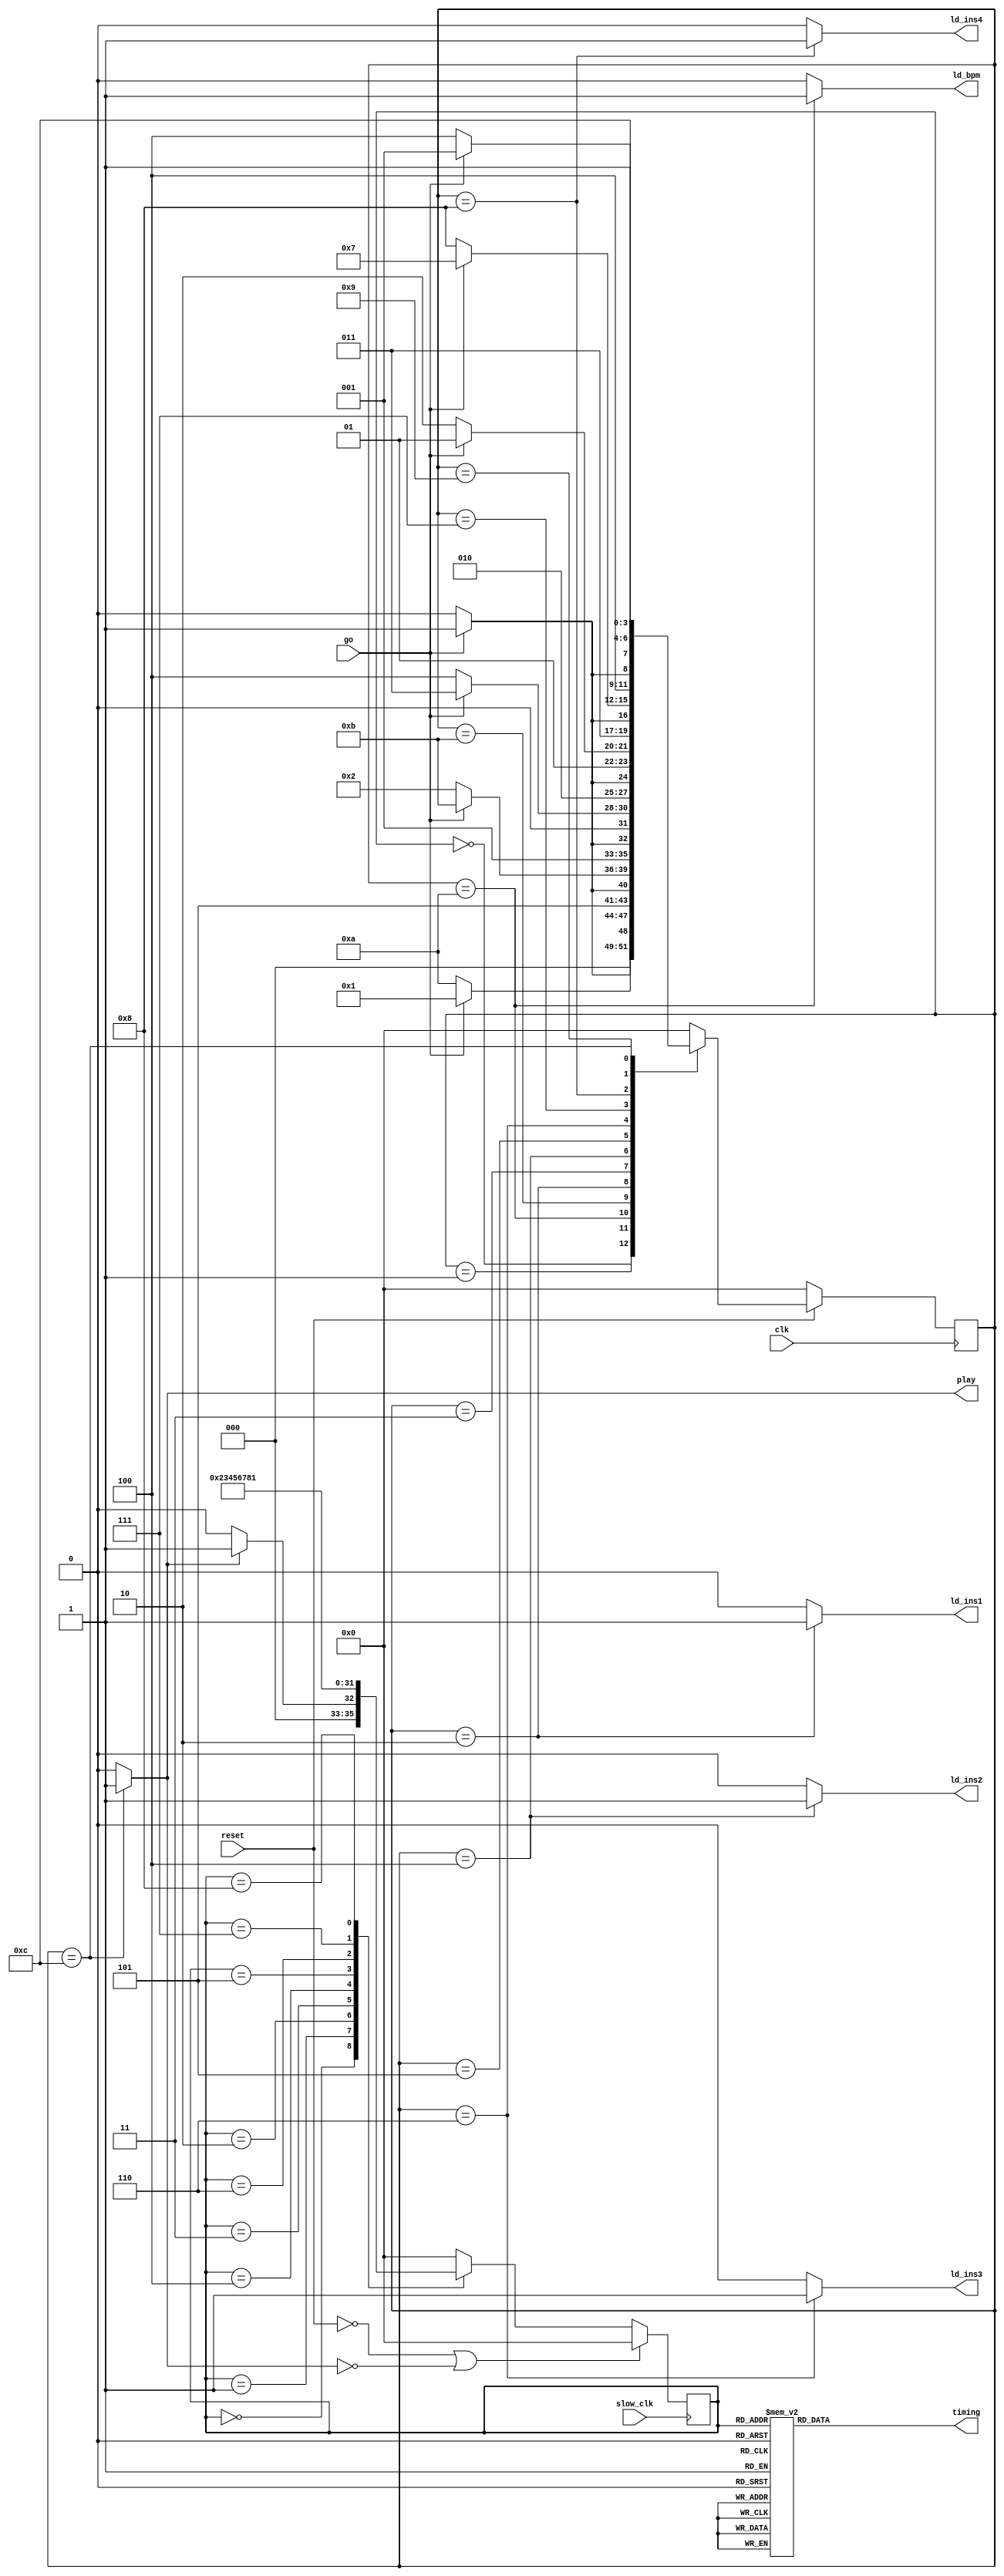
module control(
	output reg ld_ins1, // load instrument 1-4
	output reg ld_ins2,
	output reg ld_ins3,
	output reg ld_ins4,
	output reg ld_bpm,
	output reg play, // enable signal
	output reg [3:0] timing, // timing is the beat we are on
	input clk,
	input slow_clk,
	input reset,
	input go
	);
	
	reg [3:0] current_state, next_state, curr_loop_state, next_loop_state;
	
	// states for state machines
	localparam S_LOAD_NEUTRAL = 4'd0,
		S_LOAD_NEUTRAL_WAIT = 4'd1,
		S_LOAD_INS1 = 4'd2,
		S_LOAD_INS1_WAIT = 4'd3,
		S_LOAD_INS2 = 4'd4,
		S_LOAD_INS2_WAIT = 4'd5,
		S_LOAD_INS3 = 4'd6,
		S_LOAD_INS3_WAIT = 4'd7,
		S_LOAD_INS4 = 4'd8,
		S_LOAD_INS4_WAIT = 4'd9,
		S_LOAD_BPM = 4'd10,
		S_LOAD_BPM_WAIT = 4'd11,
		S_PLAY = 4'd12,
		//
		S_LOOP_WAIT = 4'd0,
		S_QUARTER_NOTE1 = 4'd1,
		S_EIGHTH_NOTE1 = 4'd2,
		S_QUARTER_NOTE2 = 4'd3,
		S_EIGHTH_NOTE2 = 4'd4,
		S_QUARTER_NOTE3 = 4'd5,
		S_EIGHTH_NOTE3 = 4'd6,
		S_QUARTER_NOTE4 = 4'd7,
		S_EIGHTH_NOTE4 = 4'd8;
		
	// state machine for initial load states
	always @(*)
	begin: state_table
		case (current_state)
			// neutral state - nothing happens here - needed for vga display
			S_LOAD_NEUTRAL: next_state = go ? S_LOAD_NEUTRAL_WAIT : S_LOAD_NEUTRAL;
			S_LOAD_NEUTRAL_WAIT: next_state = go ? S_LOAD_NEUTRAL_WAIT : S_LOAD_BPM;
			// load bpm - note: will have to check to see if we are loading 0
			S_LOAD_BPM: next_state = go ? S_LOAD_BPM_WAIT : S_LOAD_BPM;
			S_LOAD_BPM_WAIT: next_state = go ? S_LOAD_BPM_WAIT : S_LOAD_INS1;
			// load instrument 1
			S_LOAD_INS1: next_state = go ? S_LOAD_INS1_WAIT : S_LOAD_INS1;
			S_LOAD_INS1_WAIT: next_state = go ? S_LOAD_INS1_WAIT : S_LOAD_INS2;
			// load instrument 2
			S_LOAD_INS2: next_state = go ? S_LOAD_INS2_WAIT : S_LOAD_INS2;
			S_LOAD_INS2_WAIT: next_state = go ? S_LOAD_INS2_WAIT : S_LOAD_INS3;
			// load instrument 3
			S_LOAD_INS3: next_state = go ? S_LOAD_INS3_WAIT : S_LOAD_INS3;
			S_LOAD_INS3_WAIT: next_state = go ? S_LOAD_INS3_WAIT : S_LOAD_INS4;
			// load instrument 4
			S_LOAD_INS4: next_state = go ? S_LOAD_INS4_WAIT : S_LOAD_INS4;
			S_LOAD_INS4_WAIT: next_state = go ? S_LOAD_INS4_WAIT : S_PLAY;
			// loop through the 8 beats indefinitely in this state
			S_PLAY: next_state = S_PLAY;
			default: next_state = S_LOAD_NEUTRAL;
		endcase
	end
	
	// signal for load states
	always @(*)
	begin: load_state_signals
		ld_ins1 <= 1'b0;
		ld_ins2 <= 1'b0;
		ld_ins3 <= 1'b0;
		ld_ins4 <= 1'b0;
		ld_bpm <= 1'b0;
		play <= 1'b0;
		case (current_state)
			S_LOAD_NEUTRAL: play <= 1'b0;
			S_LOAD_INS1: ld_ins1 <= 1'b1;
			S_LOAD_INS2: ld_ins2 <= 1'b1;
			S_LOAD_INS3: ld_ins3 <= 1'b1;
			S_LOAD_INS4: ld_ins4 <= 1'b1;
			S_LOAD_BPM: ld_bpm <= 1'b1;
			S_PLAY: play <= 1'b1;
			default: play <= 1'b0;
		endcase
	end
	
	// state machine for audio timing - loops through the beats indefinitely until there is no more play signal
	always @(*)
	begin: loop_state
		case (curr_loop_state)
			S_LOOP_WAIT: next_loop_state = play ? S_QUARTER_NOTE1 : S_LOOP_WAIT;
			S_QUARTER_NOTE1: next_loop_state = S_EIGHTH_NOTE1;
			S_EIGHTH_NOTE1: next_loop_state = S_QUARTER_NOTE2;
			S_QUARTER_NOTE2: next_loop_state = S_EIGHTH_NOTE2;
			S_EIGHTH_NOTE2: next_loop_state = S_QUARTER_NOTE3;
			S_QUARTER_NOTE3: next_loop_state = S_EIGHTH_NOTE3;
			S_EIGHTH_NOTE3: next_loop_state = S_QUARTER_NOTE4;
			S_QUARTER_NOTE4: next_loop_state = S_EIGHTH_NOTE4;
			S_EIGHTH_NOTE4: next_loop_state = S_QUARTER_NOTE1;
			default: next_loop_state = S_LOOP_WAIT;
		endcase
	end
	
	// signals for audio timing
	always @(*)
	begin: loop_state_signals
		timing <= 4'd0;
		case (curr_loop_state)
			S_LOOP_WAIT: begin
				timing <= 4'd0;
			end
			S_QUARTER_NOTE1: begin
				timing <= 4'd1;
			end
			S_EIGHTH_NOTE1: begin
				timing <= 4'd2;
			end
			S_QUARTER_NOTE2: begin
				timing <= 4'd3;
			end
			S_EIGHTH_NOTE2: begin
				timing <= 4'd4;
			end
			S_QUARTER_NOTE3: begin
				timing <= 4'd5;
			end
			S_EIGHTH_NOTE3: begin
				timing <= 4'd6;
			end
			S_QUARTER_NOTE4: begin
				timing <= 4'd7;
			end
			S_EIGHTH_NOTE4: begin
				timing <= 4'd8;
			end
			default: timing <= 4'd0;
		endcase
	end
	
	// initial loading stage runs on CLOCK_50
	always @(posedge clk)
	begin: load_state_transitions
		if (!reset)
		begin
			current_state <= S_LOAD_NEUTRAL;
		end
		else
			current_state <= next_state;
	end
	
	// audio timing runs on the variable bpm clock
	always @(posedge slow_clk)
	begin: loop_state_transitions
		if (!reset || !play)
			curr_loop_state <= S_LOOP_WAIT;
		else
			curr_loop_state <= next_loop_state;
	end
	
endmodule